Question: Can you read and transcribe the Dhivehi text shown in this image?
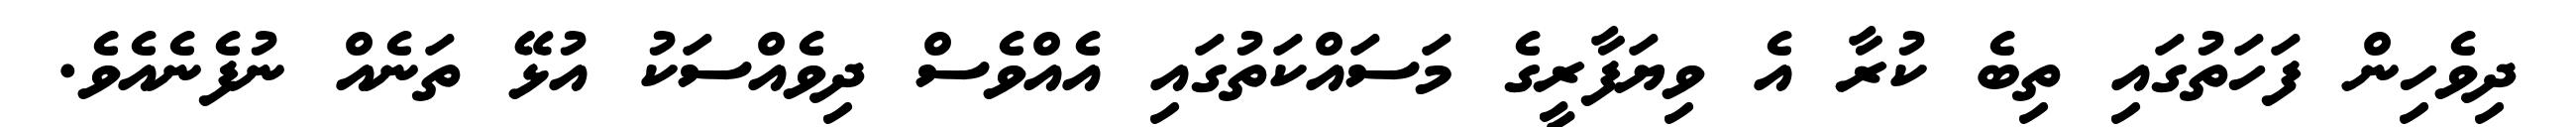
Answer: ދިވެހިން ފަހަތުގައި ތިބެ ކުރާ އެ ވިޔަފާރީގެ މަސައްކަތުގައި އެއްވެސް ދިވެއްސަކު އުޅޭ ތަނެއް ނުފެނެއެވެ.